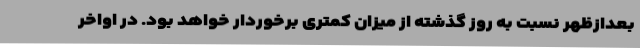
بعدازظهر نسبت به روز گذشته از میزان کمتری برخوردار خواهد بود. در اواخر